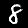
Label: 8